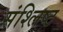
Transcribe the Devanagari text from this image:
संश्लिष्‍ट